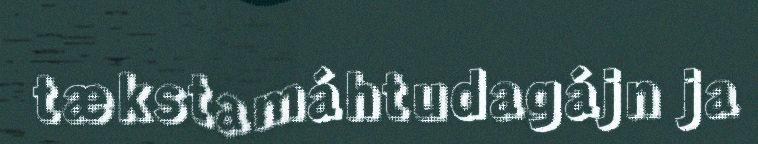
tækstamáhtudagájn ja